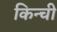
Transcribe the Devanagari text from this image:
किन्ची